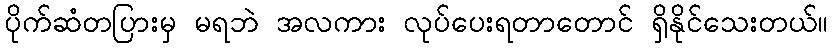
ပိုက်ဆံတပြားမှ မရဘဲ အလကား လုပ်ပေးရတာတောင် ရှိနိုင်သေးတယ်။